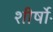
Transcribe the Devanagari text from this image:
शीर्षोॱ